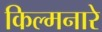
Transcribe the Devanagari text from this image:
किल्मनारे